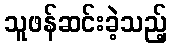
သူဖန်ဆင်းခဲ့သည့်